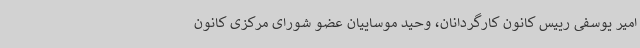
امیر یوسفی رییس کانون کارگردانان، وحید موساییان عضو شورای مرکزی کانون